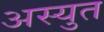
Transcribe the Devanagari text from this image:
अस्युत